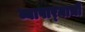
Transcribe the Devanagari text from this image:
व्यापार्‍याची